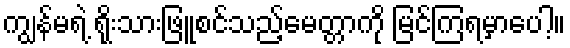
ကျွန်မရဲ့ ရိုးသားဖြူစင်သည့်မေတ္တာကို မြင်ကြရမှာပေါ့။